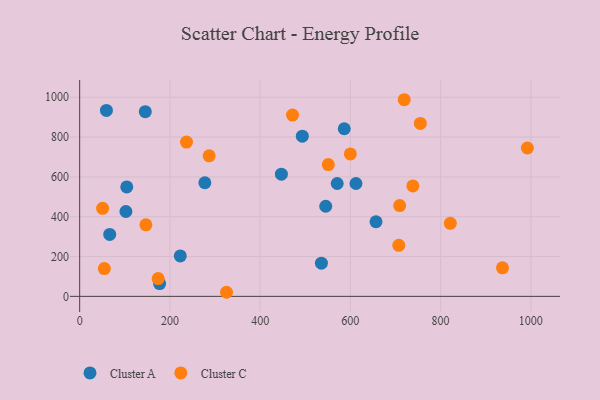
{"axis": {"x": "Study Hours", "y": "Demand"}, "legend": ["Cluster A", "Cluster C"], "data": [{"x": "66.6", "y": 311.3, "type": "Cluster A"}, {"x": "656.8", "y": 374.6, "type": "Cluster A"}, {"x": "447.1", "y": 613.9, "type": "Cluster A"}, {"x": "612.4", "y": 566.8, "type": "Cluster A"}, {"x": "102.5", "y": 426.3, "type": "Cluster A"}, {"x": "493.5", "y": 804.6, "type": "Cluster A"}, {"x": "277.5", "y": 570.5, "type": "Cluster A"}, {"x": "570.8", "y": 566.8, "type": "Cluster A"}, {"x": "223.0", "y": 203.0, "type": "Cluster A"}, {"x": "177.2", "y": 64.0, "type": "Cluster A"}, {"x": "545.4", "y": 452.5, "type": "Cluster A"}, {"x": "104.4", "y": 549.4, "type": "Cluster A"}, {"x": "586.4", "y": 841.9, "type": "Cluster A"}, {"x": "535.8", "y": 166.7, "type": "Cluster A"}, {"x": "59.3", "y": 933.7, "type": "Cluster A"}, {"x": "145.5", "y": 927.8, "type": "Cluster A"}, {"x": "551.1", "y": 662.0, "type": "Cluster C"}, {"x": "709.3", "y": 456.1, "type": "Cluster C"}, {"x": "54.7", "y": 139.3, "type": "Cluster C"}, {"x": "287.0", "y": 705.7, "type": "Cluster C"}, {"x": "937.1", "y": 143.2, "type": "Cluster C"}, {"x": "174.0", "y": 89.3, "type": "Cluster C"}, {"x": "236.8", "y": 775.1, "type": "Cluster C"}, {"x": "992.3", "y": 745.2, "type": "Cluster C"}, {"x": "325.5", "y": 20.5, "type": "Cluster C"}, {"x": "146.8", "y": 359.5, "type": "Cluster C"}, {"x": "719.4", "y": 987.6, "type": "Cluster C"}, {"x": "821.5", "y": 366.9, "type": "Cluster C"}, {"x": "755.1", "y": 868.6, "type": "Cluster C"}, {"x": "599.9", "y": 715.2, "type": "Cluster C"}, {"x": "50.9", "y": 441.9, "type": "Cluster C"}, {"x": "738.5", "y": 554.8, "type": "Cluster C"}, {"x": "707.3", "y": 256.4, "type": "Cluster C"}, {"x": "471.8", "y": 910.4, "type": "Cluster C"}]}